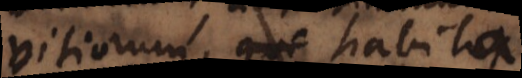
vitiorum, habita